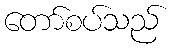
တော်စပ်သည်